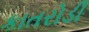
કાતરોડી